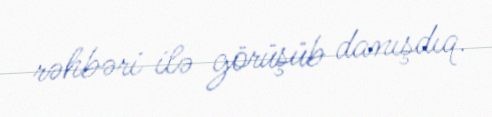
rəhbəri ilə görüşüb danışdıq.